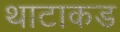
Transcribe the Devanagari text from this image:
थाटाकड